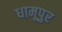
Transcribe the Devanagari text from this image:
धामूपुर